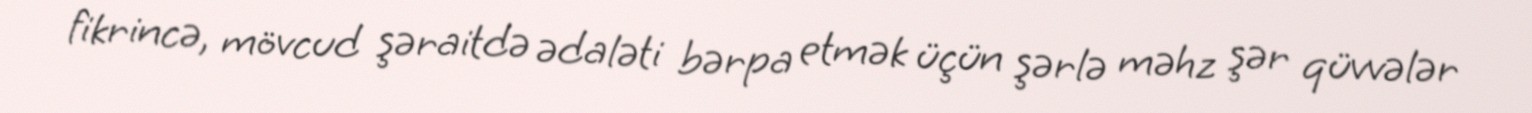
fikrincə, mövcud şəraitdə ədaləti bərpa etmək üçün şərlə məhz şər qüvvələr